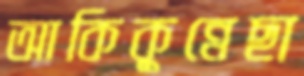
আকিকুন্নেছা